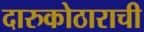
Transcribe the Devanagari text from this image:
दारुकोठाराची